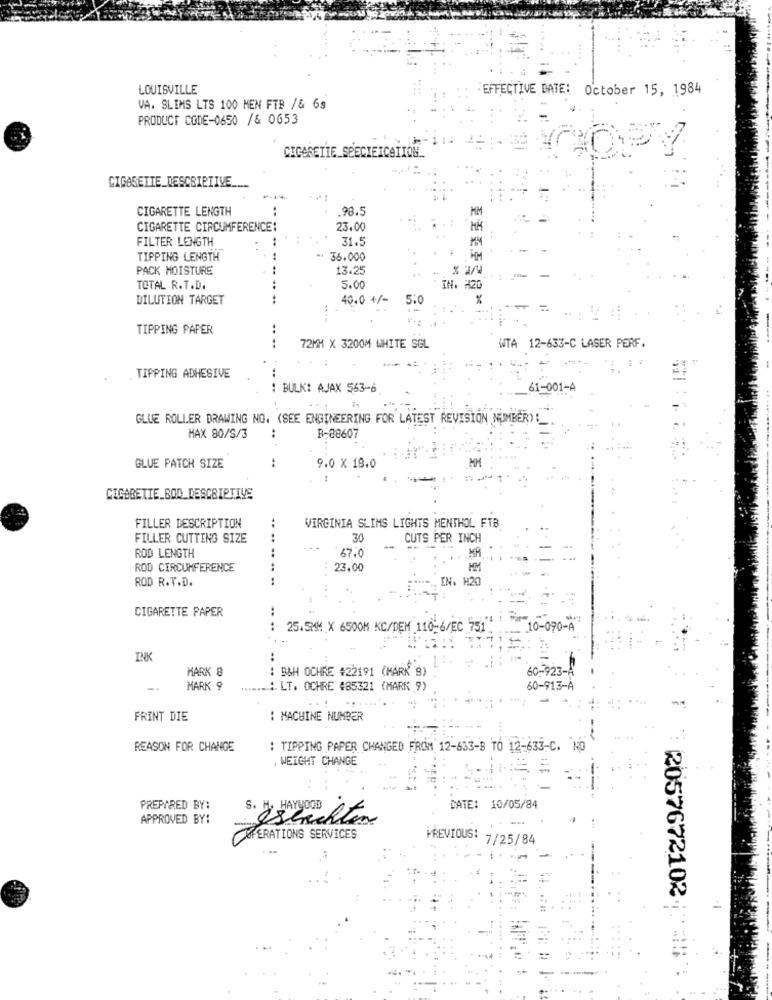
LOUISVILLE
EFFECTIVE DATE: October 15, 1984
VA. SLIMS LTS 100 MEN FTB /& 6s
PRODUCT CODE-0650 /& 0653
CIGARETTE SPECIFICATION ..
CIGARETTE_DESCRIPTIVE
....
CIGARETTE LENGTH
:
98.5
MM
CIGARETTE CIRCUMFERENCE:
23.00
MM
FILTER LENGTH
31.5
TIPPING LENGTH
36.000
PACK MOISTURE
13.25
TOTAL R.T.D.
5.00
H20
DILUTION TARGET
40.0 +/-
5:0
TIPPING PAPER
.. ..
72MM X 3200M WHITE SGL
WTA 12-633-C LASER PERF.
TIPPING ADHESIVE
...
: BULK: AJAX 563-6
61-001-A
GLUE ROLLER DRAWING NO. (SEE ENGINEERING FOR LATEST REVISION NUMBER) !_
:
MAX 80/S/3
B-88607
..
MM
GLUE PATCH SIZE
9.0 X 18.0
CIGARETTE_BOD DESCRIPTIVE
FILLER DESCRIPTION
VIRGINIA SLIMS LIGHTS MENTHOL FTB
FILLER CUTTING SIZE
..
30
CUTS PER INCH
ROD LENGTH
..
...
47.0
ROD CIRCUMFERENCE
.. .
23.00
HM
ROD R.T.D.
IN. H20
CIGARETTE PAPER
.. ..
25.5MM X 6500M KC/DEM 110-6/EC 551
10-090-A
INK
MARK 8
: BAH OCHRE #22191 (MARK S)
60-923-4
MARK 9
.A. LT. OCHRE #85321 (MARK 9)
60-913-À
FRINT DIE
: MACHINE NUMBER
REASON FOR CHANGE
: TIPPING PAPER CHANGED FROM 12-633-B TO 12-633-C. NO
WEIGHT CHANGE
PREPARED BY:
DATE: 10/05/84
APPROVED BY:
5. Öshechten
FFERATIONS SERVICES
PREVIOUS: 7/25/84
2057672102.